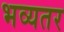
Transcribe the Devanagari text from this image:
भव्यतर